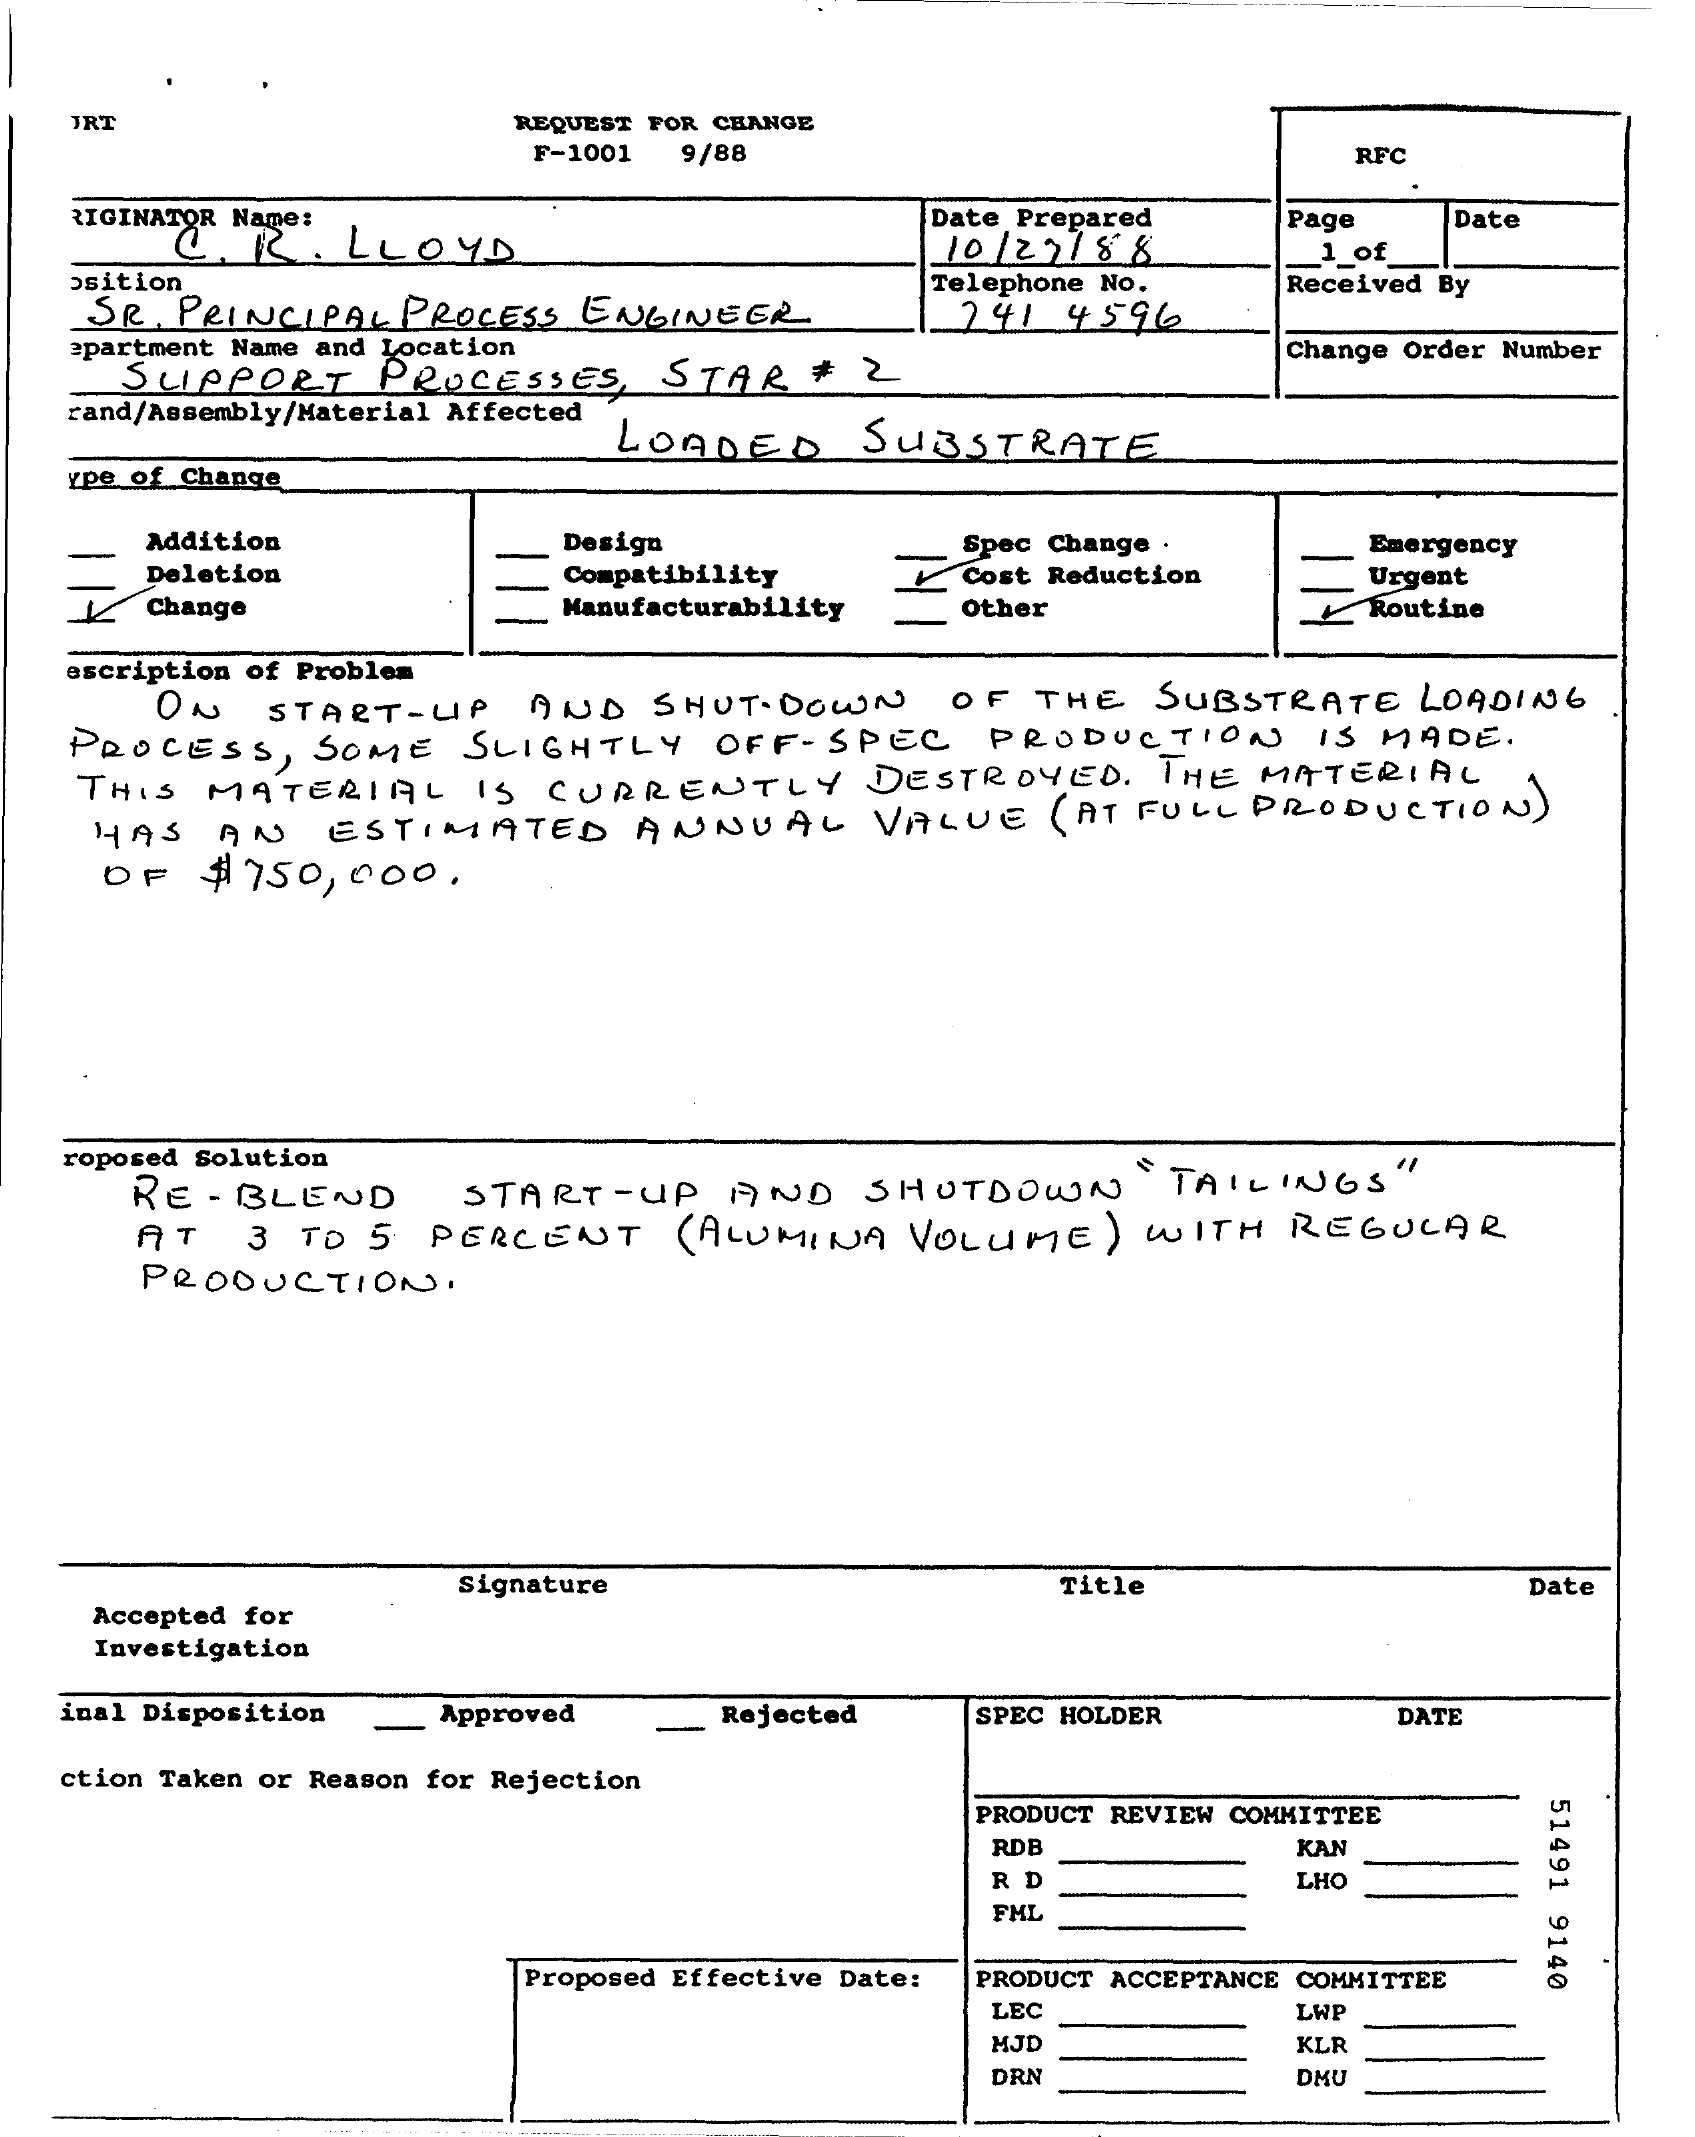
JRT    REQUEST FOR CHANGE
     F-1001  9/88    RFC
    RIGINATOR Name:
     C.  R.   LLOYD
     Date Prepared
     10 /27 / 88
     Page    Date
    osition
     _1_of_
     SR  PRINCIPAL   PROCESS  ENGINEER
     Telephone No.
     24 1  4596
     Received By
    apartment Name and Location
     SUPPORT    PROCESSES,    STAR    #  2
     Change Order Number
    rand/Assembly/Material Affected
     LOADED    SUBSTRATE
    ype of Change
     Addition    Design    Emergency
     Deletion    Compatibility
     Spec Change
     _  Cost Reduction
     Routine
     Urgent
     Change    Manufacturability    Other
    escription of Problem
     ON   START-UP    AND    SHUT-DOWN    OF   THE   SUBSTRATE    LOADING
    PROCESS,    SOME    SLIGHTLY    OFF-  SPEC    PRODUCTION    IS  MADE.
    THIS  MATERIAL    IS  CURRENTLY    DESTROYED.    THE  MATERIAL
     HAS   AN    ESTIMATED    ANNUAL    VALUE    ( AT FULL  PRODUCTION    )
     OF   $750,  000.
    roposed Solution
     RE-  BLEND    START-UP    AND    SHUTDOWN    TAILINGS"
     AT    3 TO  5  PERCENT    ( ALUMINA   VOLUME    ) WITH   REGULAR
     PRODUCTION.
     Signature    Title    Date
     Accepted for
     Investigation
   inal Disposition    Approved    Rejected    SPEC HOLDER    DATE
    ction Taken or Reason for Rejection
     51491
     9140
     PRODUCT REVIEW COMMITTEE
     RDB    KAN
     R D    LHO
     FHL
     Proposed Effective Date: PRODUCT ACCEPTANCE COMMITTEE
     LEC    LWP
     MJD    KLR
     DRN    DMU